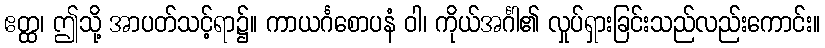
ဧတ္ထ၊ ဤသို့ အာပတ်သင့်ရာ၌။ ကာယင်္ဂစောပနံ ဝါ၊ ကိုယ်အင်္ဂါ၏ လှုပ်ရှားခြင်းသည်လည်းကောင်း။